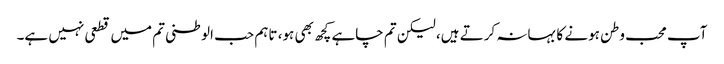
آپ محب وطن ہونے کا بہانہ کرتے ہیں، لیکن تم چاہے کچھ بھی ہو، تاہم حب الوطنی تم میں قطعی نہیں ہے۔